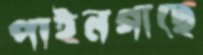
পাইনগাছে